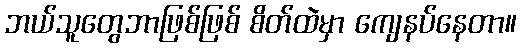
ဘယ်သူတွေဘာဖြစ်ဖြစ် စိတ်ထဲမှာ ကျေနပ်နေတာ။